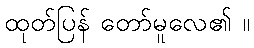
ထုတ်ပြန် တော်မူလေ၏ ။